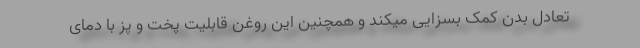
تعادل بدن کمک بسزایی میکند و همچنین این روغن قابلیت پخت و پز با دمای